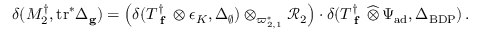
\delta ( M _ { 2 } ^ { \dagger } , \mathrm { t r } ^ { * } \Delta _ { \mathbf { g } } ) = \left( \delta ( T _ { \textup { \bf f } } ^ { \dagger } \otimes \epsilon _ { K } , \Delta _ { \emptyset } ) \otimes _ { \varpi _ { 2 , 1 } ^ { * } } \mathcal { R } _ { 2 } \right) \cdot \delta ( T _ { \textup { \bf f } } ^ { \dagger } \, \widehat \otimes \, \Psi _ { \mathrm { a d } } , \Delta _ { \mathrm { B D P } } ) \, .